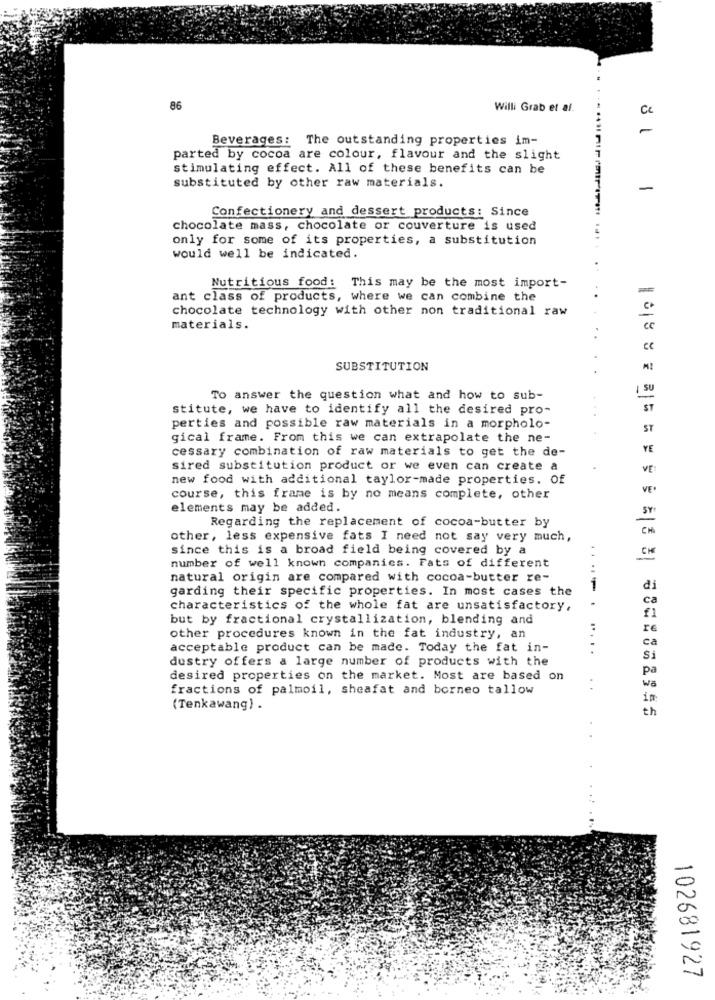
86
Willi Grab et al.
Ce
Beverages: The outstanding properties im-
parted by cocoa are colour, flavour and the slight
stimulating effect. All of these benefits can be
substituted by other raw materials.
-
Confectionery and dessert products: Since
chocolate mass, chocolate or couverture is used
only for some of its properties, a substitution
would well be indicated.
Nutritious food: This may be the most import-
ant class of products, where we can combine the
chocolate technology with other non traditional raw
materials.
cc
SUBSTITUTION
SU
To answer the question what and how to sub-
stitute, we have to identify all the desired pro-
ST
perties and possible raw materials in a morpholo-
ST
gical frame. From this we can extrapolate the ne-
cessary combination of raw materials to get the de-
YE
sired substitution product or we even can create a
VE
new food with additional taylor-made properties. Of
VE'
course, this frame is by no means complete, other
elements may be added.
SY
Regarding the replacement of cocoa-butter by
CM
other, less expensive fats I need not say very much,
since this is a broad field being covered by a
CH
number of well known companies. Fats of different
natural origin are compared with cocoa-butter re-
garding their specific properties. In most cases the
1
di
ca
characteristics of the whole fat are unsatisfactory,
f1
but by fractional crystallization, blending and
re
other procedures known in the fat industry, an
ca
acceptable product can be made. Today the fat in-
.....
dustry offers a large number of products with the
Si
pa
desired properties on the market. Most are based on
fractions of palmoil, sheafat and borneo tallow
Wa
(Tenkawang) .
th
102681927